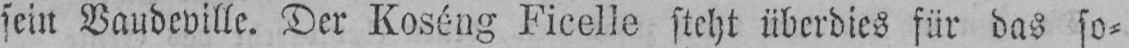
sein Vaudeville. Der Koséng Ficelle steht überdies für das so⸗